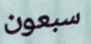
سبعون